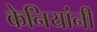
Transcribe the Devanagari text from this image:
केनियांनी